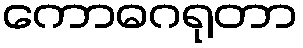
ကောဓဂရုတာ